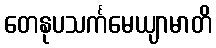
တေနုပသင်္ကမေယျာမာတိ